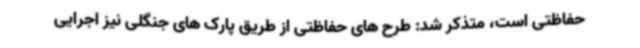
حفاظتی است، متذکر شد: طرح های حفاظتی از طریق پارک های جنگلی نیز اجرایی